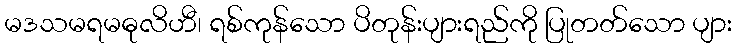
မဒသမရမဓုလိဟီ၊ ရစ်ကုန်သော ပိတုန်းပျားရည်ကို ပြုတတ်သော ပျား